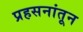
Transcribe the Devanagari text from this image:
प्रहसनांतून